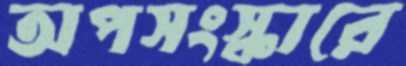
অপসংস্কারে